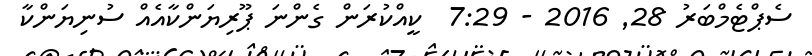
ސެޕްޓެމްބަރު 28